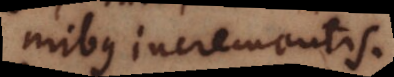
uniformibus incrementis.